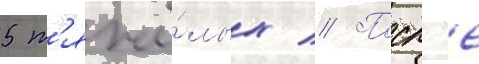
5 т'яжё́лых // Посл'е